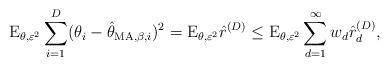
LaTeX: \begin{align*}\mathrm{E}_{\theta,\varepsilon^2}\sum_{i=1}^{D}(\theta_{i}-\hat{\theta}_{\mathrm{MA},\beta,i})^2=\mathrm{E}_{\theta,\varepsilon^2}\hat{r}^{(D)}\leq \mathrm{E}_{\theta,\varepsilon^2} \sum_{d=1}^{\infty}w_{d}\hat{r}^{(D)}_{d} ,\end{align*}